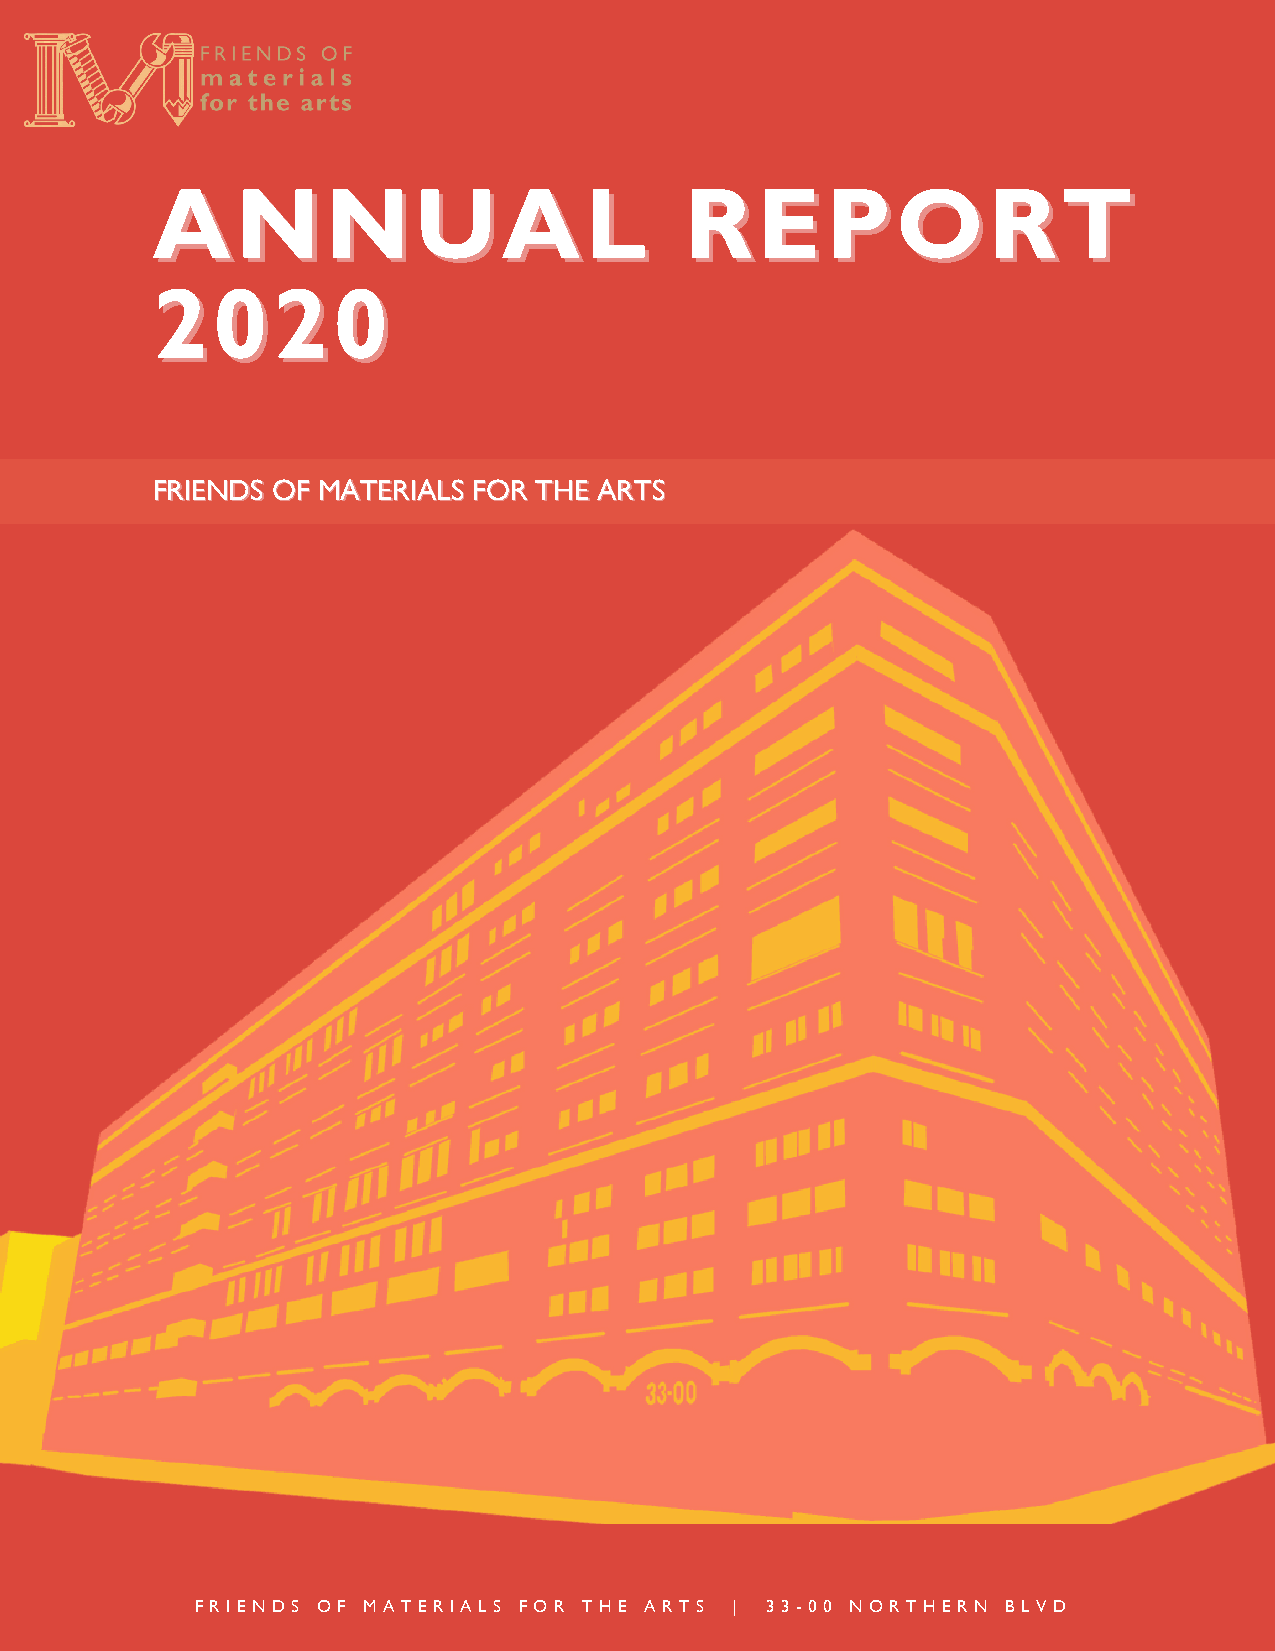
AANNNNUUAALL                       RREEPPOORRTT
 22002200
 FFRRIIEENNDDSS OOFF MMAATTEERRIIAALLSS FFOORR TTHHEE AARRTTSS
 F R I E N D S O F M A T E R I A L S F O R T H E A R T S | 3 3 - 0 0 N O R T H E R N B L V D